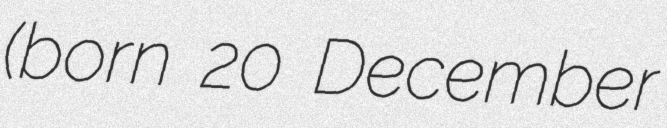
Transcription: (born 20 December